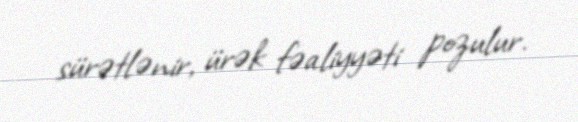
sürətlənir, ürək fəaliyyəti pozulur.